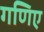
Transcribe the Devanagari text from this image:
गणिए